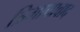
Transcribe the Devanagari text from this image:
त्रिभाषावाद